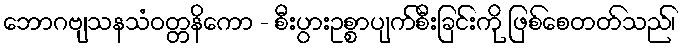
ဘောဂဗျသနသံဝတ္တနိကော - စီးပွားဥစ္စာပျက်စီးခြင်းကို ဖြစ်စေတတ်သည်၊